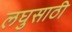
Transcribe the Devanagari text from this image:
लघुसाठी